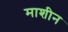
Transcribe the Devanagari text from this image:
माशीन